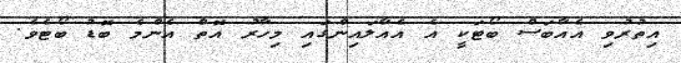
އިތުރުވި އެއާބަސް ބޯޓަކީ އެ އެއާލައިންގައި މިހާރު އޮތް އެންމެ ބޮޑު ބޯޓެވެ.